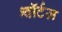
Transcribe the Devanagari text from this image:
श्वॉर्टज़